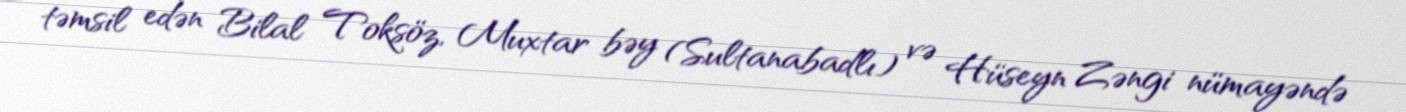
təmsil edən Bilal Toksöz, Muxtar bəy (Sultanabadlı) və Hüseyn Zəngi nümayəndə